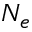
N _ { e }